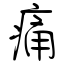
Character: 痛